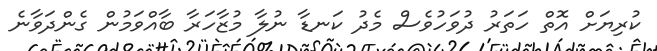
ކުރިޔަށް އޮތް ހަތަރު ދުވަހުވެސް މެދު ކަނޑާ ނުލާ މުޒާހަރާ ބާއްވަމުން ގެންދަވާނެ